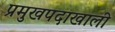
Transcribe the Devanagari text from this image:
प्रमुखपदाखाली